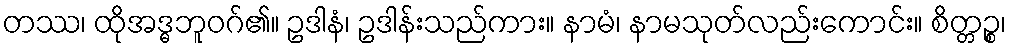
တဿ၊ ထိုအဒ္ဓဘူဝဂ်၏။ ဥဒါနံ၊ ဥဒါန်းသည်ကား။ နာမံ၊ နာမသုတ်လည်းကောင်း။ စိတ္တဉ္စ၊